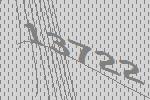
13722